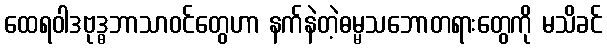
ထေရဝါဒဗုဒ္ဓဘာသာဝင်တွေဟာ နက်နဲတဲ့ဓမ္မသဘောတရားတွေကို မသိခင်